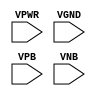
module sky130_fd_sc_hd__tapvpwrvgnd (
    VPWR,
    VGND,
    VPB ,
    VNB
);

    input VPWR;
    input VGND;
    input VPB ;
    input VNB ;
endmodule